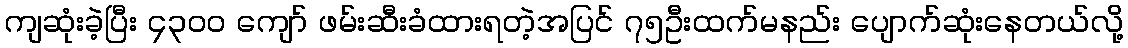
ကျဆုံးခဲ့ပြီး ၄၃၀၀ ကျော် ဖမ်းဆီးခံထားရတဲ့အပြင် ၇၅ဦးထက်မနည်း ပျောက်ဆုံးနေတယ်လို့